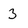
Character: 3